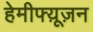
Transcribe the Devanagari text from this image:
हेमीफ्य़ूज़न